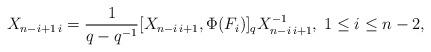
LaTeX: \begin{align*}X_{n-i+1\,i}=\frac{1}{q-q^{-1}}[X_{n-i\,i+1},\Phi(F_{i})]_{q}X_{n-i\,i+1}^{-1},\;1\leq i \leq n-2,\end{align*}